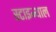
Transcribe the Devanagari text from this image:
स्टाइन्थाल